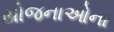
યોજનાઓના